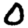
Digit: 0